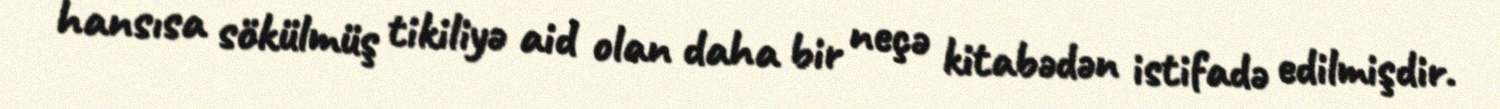
hansısa sökülmüş tikiliyə aid olan daha bir neçə kitabədən istifadə edilmişdir.